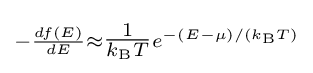
\scriptstyle -{\frac {df(E)}{dE}}\approx {\tfrac {1}{k_{\rm {B}}T}}e^{-(E-\mu )/(k_{\rm {B}}T)}